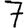
Digit: 7